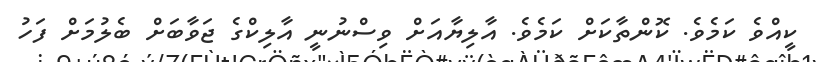
ކީއްވެ ކަމެވެ. ކޮންތާކަށް ކަމެވެ. އާލިޔާއަށް ވިސްނުނީ އާލިކްގެ ޖަވާބަށް ބެލުމަށް ފަހު